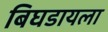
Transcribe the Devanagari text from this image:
बिघडायला